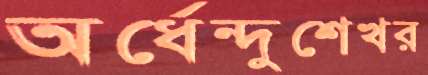
অর্ধেন্দুশেখর